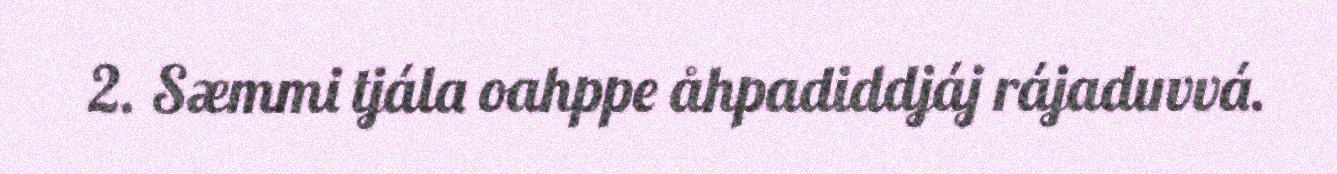
2. Sæmmi tjála oahppe åhpadiddjáj rájaduvvá.